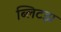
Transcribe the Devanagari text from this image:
ब्लिटझ